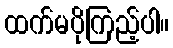
ထက်မပိုကြည့်ပါ။